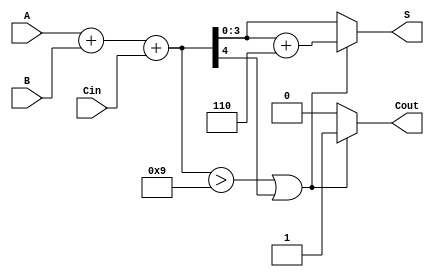
module BCD_Asynchronous_Adder (
    input  [3:0] A,      // 4-bit BCD input A
    input  [3:0] B,      // 4-bit BCD input B
    input        Cin,     // Carry-in input
    output reg [3:0] S,   // 4-bit BCD output S
    output reg Cout       // Carry-out output
);

    // Internal wires for the binary sum
    wire [4:0] sum;       // 5-bit sum to accommodate carry
    wire correction_needed; // Signal to indicate if correction is needed

    // Perform binary addition
    assign sum = A + B + Cin;

    // Check if correction is needed
    assign correction_needed = (sum > 9) || sum[4];

    always @(*) begin
        if (correction_needed) begin
            // Apply BCD correction by adding 6
            S = sum + 6;
            Cout = 1; // Set carry-out if correction is applied
        end else begin
            S = sum[3:0]; // Assign lower 4 bits if no correction needed
            Cout = 0; // No carry-out
        end
    end

endmodule